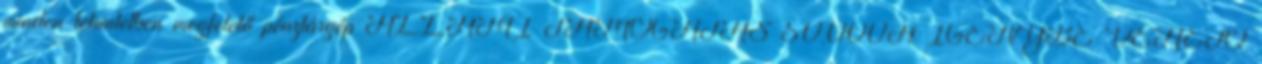
minden tekintetben megfelelő pénztárgép ÁLLAMI TÁMOGATÁS 50.000Ft IGÉNYBE VEHETŐ